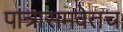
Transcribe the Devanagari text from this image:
पात्रासमवेतच